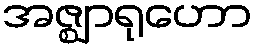
အဇ္ဈာရုဟော